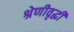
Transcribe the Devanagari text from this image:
श्रेणीवृद्धी